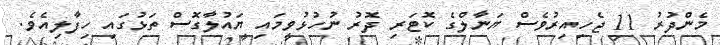
މެންދުރު 11 ޖެހިއިރުވެސް ޔަނާލްގެ ކޮޓަަރި ދޮރު ނުހުޅުވީމައި ޔައުލާގޮސް ތަޅުގައި ހިފާލިއެވެ.